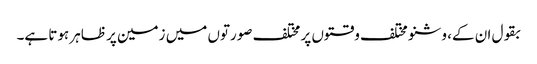
بقول ان کے، وشنو مختلف وقتوں پر مختلف صورتوں میں زمین پر ظاہر ہوتا ہے۔